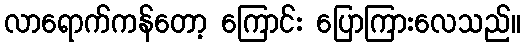
လာရောက်ကန်တော့ ကြောင်း ပြောကြားလေသည်။